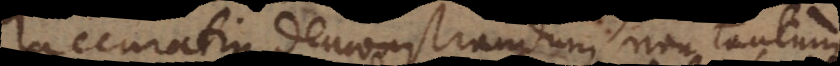
accuratius demonstrandum, non tantum